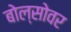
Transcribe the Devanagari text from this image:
बोल्सोवर